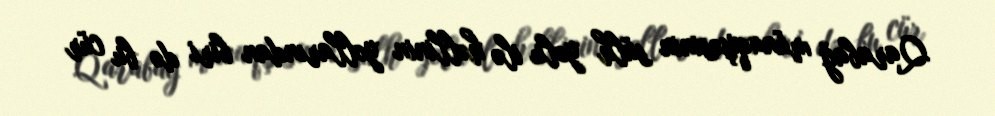
Qarabağ münaqişəsinin sülh yolu ilə həllinin yollarından biri də bu cür